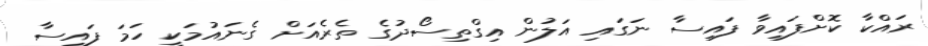
ރައްކާ ކޮށްފައިވާ ފައިސާ ނަގައި އަލުން އިގްތިސޯދުގެ ތެރެއަށް ގެނައުމަކީ ހަމަ ފައިސާ